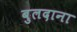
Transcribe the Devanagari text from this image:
बुलदाना